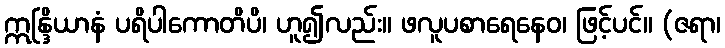
ဣန္ဒြိယာနံ ပရိပါကောတိပိ၊ ဟူ၍လည်း။ ဖလူပစာရေနေဝ၊ ဖြင့်ပင်။ (ဇရာ၊